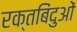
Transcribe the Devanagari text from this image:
रक्तबिंदुओं